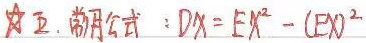
★五. 常用公式： \(DX = EX^2 - (EX)^2\)